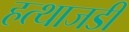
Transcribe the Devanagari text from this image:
हत्थाजडी